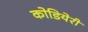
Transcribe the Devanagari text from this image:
कोडियेरी